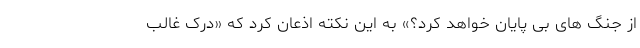
از جنگ های بی پایان خواهد کرد؟» به این نکته اذعان کرد که «درک غالب